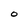
Character: 0